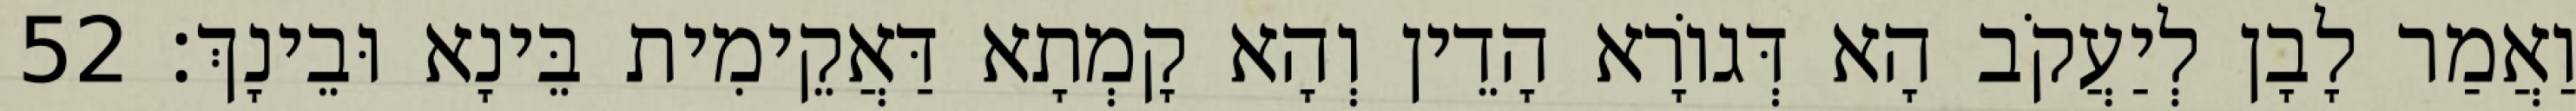
וַאֲמַר לָבָן לְיַעֲקֹב הָא דְּגוֹרָא הָדֵין וְהָא קָמְתָא דַּאֲקֵימִית בֵּינָא וּבֵינָךְ׃ 52